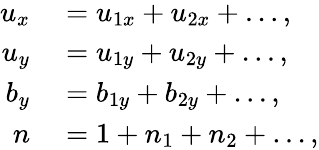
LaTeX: \begin{array}{rl}{u_{x}}&{{}=u_{1x}+u_{2x}+\ldots,}\\ {u_{y}}&{{}=u_{1y}+u_{2y}+\ldots,}\\ {b_{y}}&{{}=b_{1y}+b_{2y}+\ldots,}\\ {n}&{{}=1+n_{1}+n_{2}+\ldots,}\end{array}